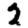
Digit: 2